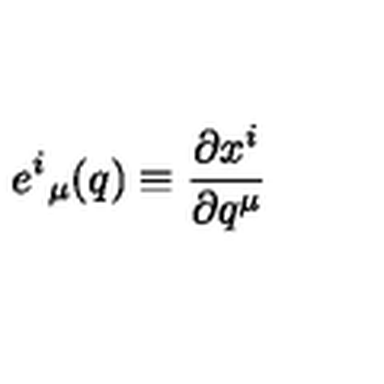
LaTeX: { e ^ { i } } _ { \mu } ( q ) \equiv \frac { \partial x ^ { i } } { \partial q ^ { \mu } }